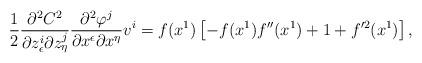
LaTeX: \begin{align*}\frac{1}{2}\frac{\partial^2 C^2}{\partial z^i_{\epsilon}\partial z^j_{\eta}}\frac{\partial^2\varphi^j} {\partial x^{\epsilon}\partial x^{\eta}}v^i= f(x^1)\left[ -f(x^1)f''(x^1)+1+f'^2(x^1)\right], \end{align*}